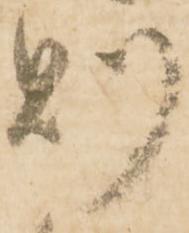
則